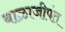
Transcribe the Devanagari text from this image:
बाळाजीपंत